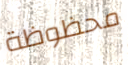
محظوظة